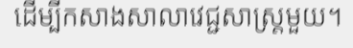
ដើម្បីកសាងសាលាវេជ្ជសាស្ត្រមួយ។